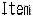
ITEM